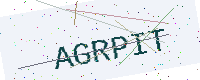
Text: AGRPIT